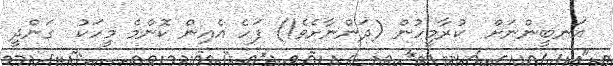
އަނބީންނަށް  ކުރާމީހުން (ދަންނާށެވެ!) ފަހެ އެއިން ކޮންމެ މީހަކު  ގަންދީ